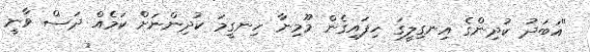
"އަބަދު ކުދިންގެ އިނގިލީގަ ހިފައިގެން މޫމިނާ ހިނގީމަ ކުދިންނަށް ކަމެއް ދަސް ވާނީ